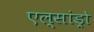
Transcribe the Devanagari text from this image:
एल्‍सांड्रो